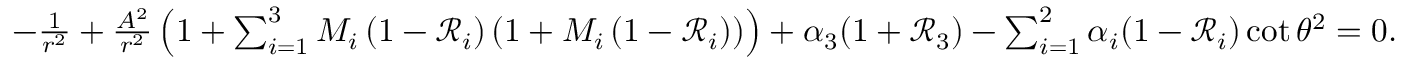
\begin{array} { r } { - \frac { 1 } { r ^ { 2 } } + \frac { A ^ { 2 } } { r ^ { 2 } } \left( 1 + \sum _ { i = 1 } ^ { 3 } M _ { i } \left( 1 - \mathcal { R } _ { i } \right) \left( 1 + M _ { i } \left( 1 - \mathcal { R } _ { i } \right) \right) \right) + \alpha _ { 3 } ( 1 + \mathcal { R } _ { 3 } ) - \sum _ { i = 1 } ^ { 2 } \alpha _ { i } ( 1 - \mathcal { R } _ { i } ) \cot \theta ^ { 2 } = 0 . } \end{array}